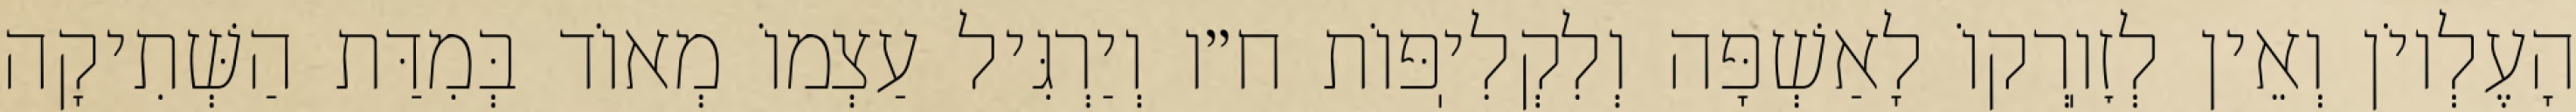
הָעֶלְיוֹן וְאֵין לְזׇוֽרְקוֹ לָאַשְׁפָּה וְלִקְלִיֽפּוֹת ח״ו וְיַרְגִּיל עַצְמוֹ מְאוֹד בְּמִדַּת הַשְּׁתִיקָה